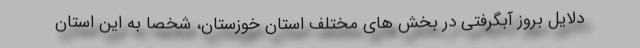
دلایل بروز آبگرفتی در بخش های مختلف استان خوزستان، شخصا به این استان